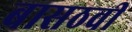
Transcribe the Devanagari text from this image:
बासठवीं